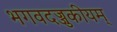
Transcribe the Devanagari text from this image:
भगवदज्जुकीयम्‌